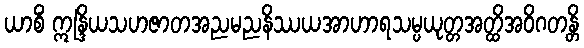
ယာစိံ ဣန္ဒြိယသဟဇာတအညမညနိဿယအာဟာရသမ္ပယုတ္တအတ္ထိအဝိဂတန္တိ